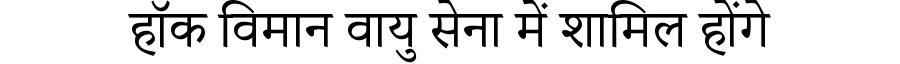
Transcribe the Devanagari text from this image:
हॉक विमान वायु सेना में शामिल होंगे